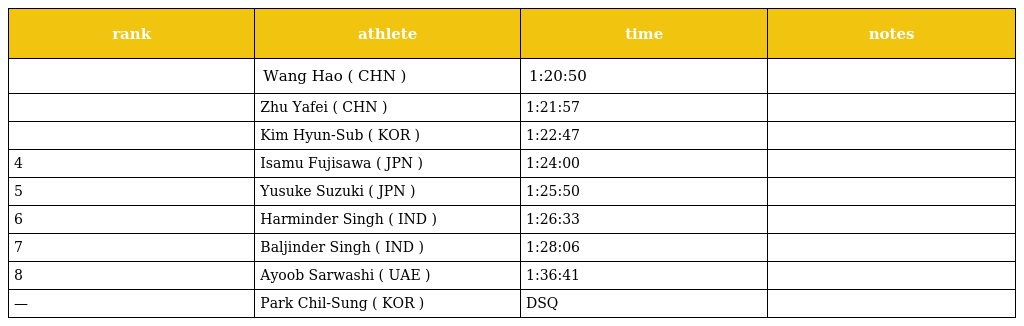
| rank | athlete | time | notes |
 | --- | --- | --- | --- |
 |  | Wang Hao ( CHN ) | 1:20:50 |  |
 |  | Zhu Yafei ( CHN ) | 1:21:57 |  |
 |  | Kim Hyun-Sub ( KOR ) | 1:22:47 |  |
 | 4 | Isamu Fujisawa ( JPN ) | 1:24:00 |  |
 | 5 | Yusuke Suzuki ( JPN ) | 1:25:50 |  |
 | 6 | Harminder Singh ( IND ) | 1:26:33 |  |
 | 7 | Baljinder Singh ( IND ) | 1:28:06 |  |
 | 8 | Ayoob Sarwashi ( UAE ) | 1:36:41 |  |
 | — | Park Chil-Sung ( KOR ) | DSQ |  |